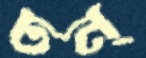
ঢন্‌